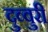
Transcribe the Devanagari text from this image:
दुव्वुरी